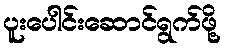
ပူးပေါင်းဆောင်ရွက်ဖို့